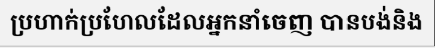
ប្រហាក់ប្រហែលដែលអ្នកនាំចេញ បានបង់និង